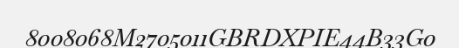
8008068M2705011GBRDXPIE44B33G0